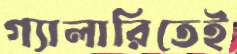
গ্যালারিতেই